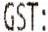
GST: